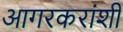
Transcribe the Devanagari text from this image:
आगरकरांशी